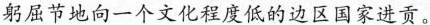
躬屈节地向一个文化程度低的边区国家进贡。